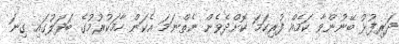
ދަރިފުޅު ބޭނުންވާ ކަމެއް ފުރިހަމަ ކޮށްދެވެން ނެތްނަމަ އެކަން ހާމަކުރުމުގެ ބަދަލުގައި ގިނަ